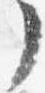
了